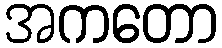
အကတော